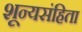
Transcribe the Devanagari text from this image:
शून्यसंहिता